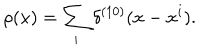
LaTeX: \rho ( x ) = \sum _ { i } \delta ^ { ( 1 0 ) } ( x - x ^ { i } ) .